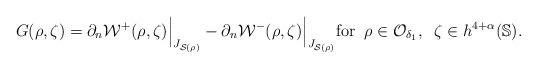
LaTeX: \begin{align*} G(\rho,\zeta)= \partial_n \mathcal W^+(\rho,\zeta)\Big |_{J_{\mathcal S(\rho)}} -\partial_n \mathcal W^-(\rho,\zeta)\Big |_{J_{\mathcal S(\rho)}} \mbox{for}\;\;\rho\in\mathcal O_{\delta_1},\;\; \zeta\in h^{4+\alpha}(\Bbb S).\end{align*}